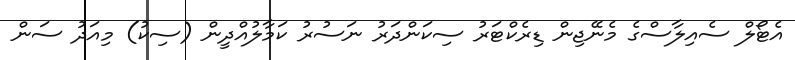
އެޓޯލް ސެއިލާސްގެ މެނޭޖިން ޑިރެކްޓަރު ސިކަންދަރު ނަސުރު ކަމާލުއްދީން (ސިކު) މިއަދު ސަން